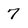
Character: 7